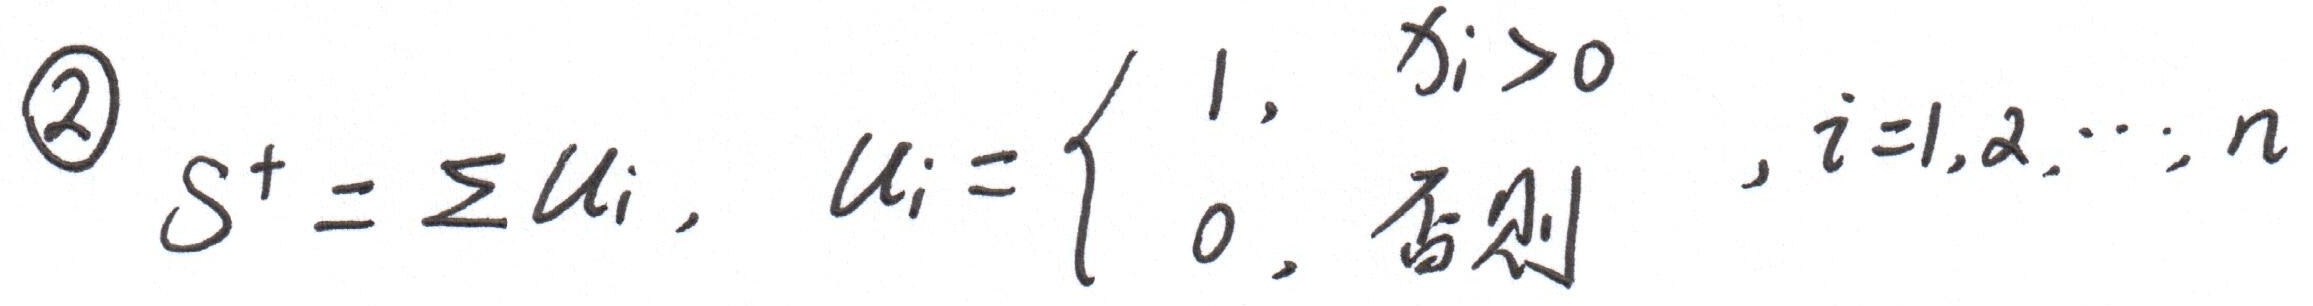
\textcircled{2} \(S^{+}=\sum u_{i}\)，\(u_{i}=\begin{cases}1, & x_{i} > 0 \\ 0, & 否则\end{cases}\) ，\(i = 1,2,\cdots,n\)